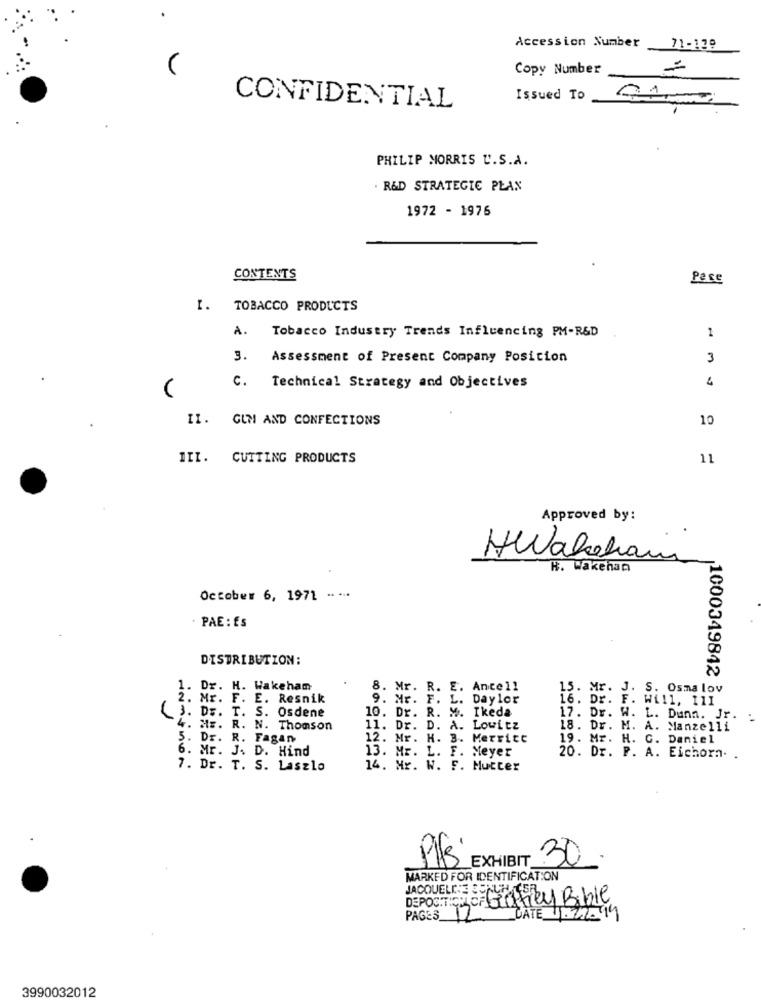
Accession Number
71-139
Copy Number
Issued To
CONFIDENTIAL
PHILIP MORRIS U.S.A.
. R&D STRATEGIE PLAN
1972 - 1976
CONTENTS
Pase
I. TOBACCO PRODUCTS
A. Tobacco Industry Trends Influencing PM-R&D
1
3.
Assessment of Present Company Position
3
4
C. Technical Strategy and Objectives
II.
GLM AND CONFECTIONS
10
III. CUTTING PRODUCTS
11
Approved by:
HWalehami
R. Wakehan
October 6, 1971 -. ...
. PAE : Es
DISTRIBUTION:
1000349842
1. Dr. H. Wakeham
8. Mr. R. E. Antell
15. Mr. J. S. Osma lov
2. Mr. F. E. Resnik
9. Mr. F. L. Daylor
16. Dr. F. Will, 111
3. Dr. T. S. Osdene
10. Dr. R. M. Ikeda
17. Dr. W. L. Dann. Jr.
4. Mr. R. N. Thomson
11. Dr. D. A. Lowitz
18. Dr. M. A. Manzelli
5. Dr. R. Fagan
12. Mr. H. 3. Merritt
19. Mr. H. G. Daniel
6. Mr. J. D. Hind
13. Mr. L. F. Meyer
20. Dr. P. A. Eichorn.
7. Dr. T. S. Laszlo
14. Mr. W. F. Mutter
Plfs'
EXHIBIT_
30
MARKED FOR IDENTIFICATION
JACQUELINE SONUH 65R
DEPOSITION OF Grey Bible
PAGES 12
DATE 1.7.2. 19
3990032012